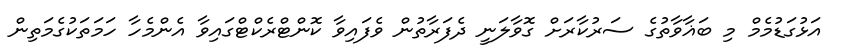
އަޅުގަޑުމެމް މި ބަޣާވާތުގެ ސަރުކާރަށް ގޮވާލަނީ ދެފަރާތުން ވެފައިވާ ކޮންޓްރެކްޓްގައިވާ އެންމެހާ ހަމަތަކުގެމަތިން